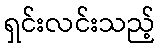
ရှင်းလင်းသည့်